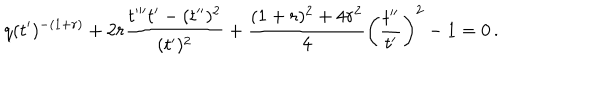
q ( t ^ { \prime } ) ^ { - ( 1 + r ) } + 2 r \frac { t ^ { \prime \prime \prime } t ^ { \prime } - ( t ^ { \prime \prime } ) ^ { 2 } } { ( t ^ { \prime } ) ^ { 2 } } + \frac { ( 1 + r ) ^ { 2 } + 4 r ^ { 2 } } { 4 } \left( \frac { t ^ { \prime \prime } } { t ^ { \prime } } \right) ^ { 2 } - 1 = 0 \, .